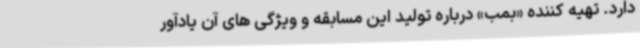
دارد. تهیه کننده «بمب» درباره تولید این مسابقه و ویژگی های آن یادآور